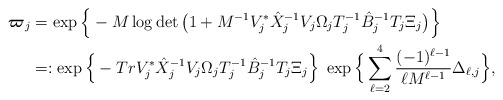
\begin{align*}\boldsymbol{\varpi}_j&=\exp\Big{\{} -M\log\det\big(1+M^{-1}V_j^*\hat{X}_j^{-1}V_j \Omega_jT_j^{-1}\hat{B}_j^{-1}T_j\Xi_j\big)\Big{\}}\\&=:\exp\Big{\{}-TrV_j^*\hat{X}_j^{-1}V_j \Omega_jT_j^{-1}\hat{B}_j^{-1}T_j\Xi_j\Big{\}}\; \exp\Big\{\sum_{\ell=2}^4\frac{(-1)^{\ell-1}}{\ell M^{\ell-1}}\Delta_{\ell,j}\Big\}, \end{align*}